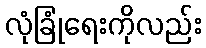
လုံခြုံရေးကိုလည်း